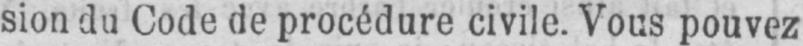
sion du Code de procédure civile. Vous pouvez